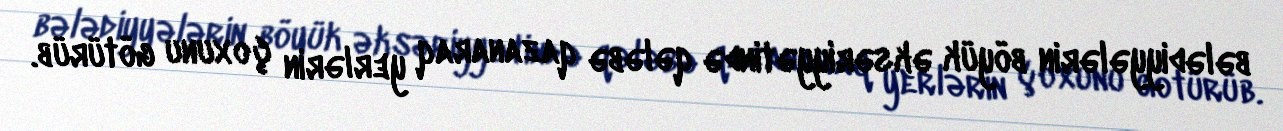
bələdiyyələrin böyük əksəriyyətində qələbə qazanaraq yerlərin çoxunu götürüb.